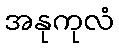
အနုကုလံ